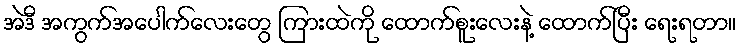
အဲဒီ အကွက်အပေါက်လေးတွေ ကြားထဲကို ထောက်စူးလေးနဲ့ ထောက်ပြီး ရေးရတာ။